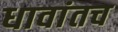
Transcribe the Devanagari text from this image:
धावांतच